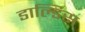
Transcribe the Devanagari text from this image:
डाल्डिस